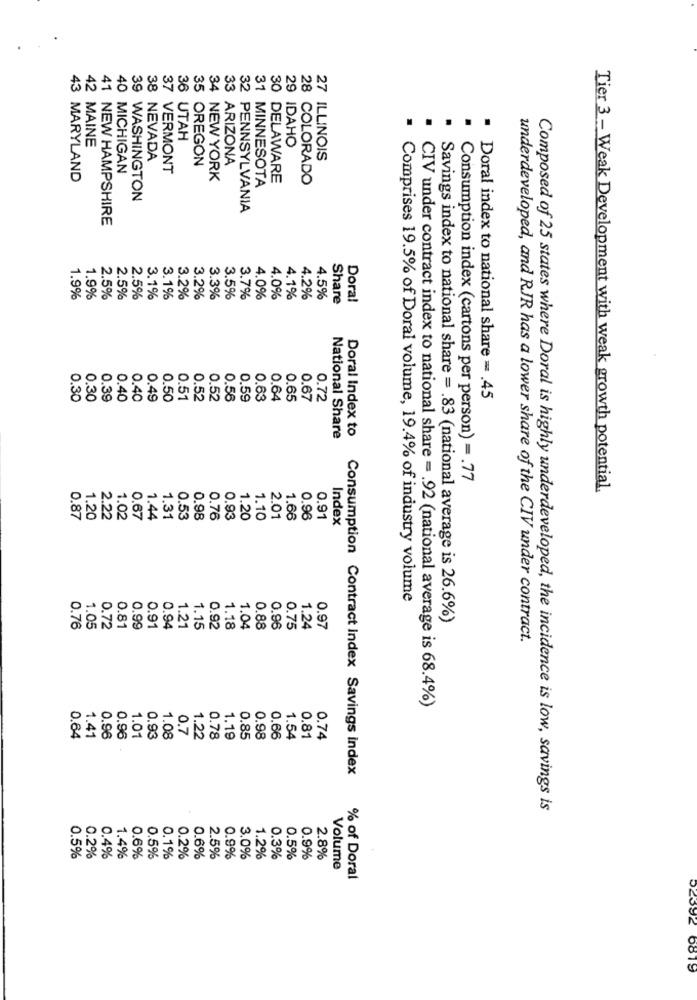
43
36 UTAH
29 IDAHO
42 MAINE
38 NEVADA
35 OREGON
27 ILLINOIS
40 MICHIGAN
37 VERMONT
33 ARIZONA
MARYLAND
34 NEW YORK
31 MINNESOTA
30 DELAWARE
28 COLORADO
39 WASHINGTON
32 PENNSYLVANIA
41 NEW HAMPSHIRE
1.9%
1.9%
2.5%
2.5%
2.5%
3.1%
3.1%
3.2%
3.2%
3.3%
3.5%
3.7%
4.0%
4.0%
4.1%
4.2%
4.5%
Share
Dora!
0.30
0.30
0.39
0.40
0.40
0.49
0.50
0.51
0.52
0.52
0.56
0.59
0.63
0.64
0.65
0.67
0.72
Doral index to national share = . 45
Doral Index to
National Share
Consumption index (cartons per person) =. 77
Tier 3 - Weak Development with weak growth potential.
2.01
0.87
1.20
2.22
1.02
0.67
1.44
1.31
0.53
0.98
0.76
0.93
1.20
1.10
1.66
0.96
0.91
Index
Comprises 19.5% of Doral volume, 19.4% of industry volume
Savings index to national share = . 83 (national average is 26.6%)
0.76
1.05
0.72
0.81
0.99
0.91
0.94
1.21
1.15
0.92
1.18
1.04
0.88
0.96
0.75
1.24
0.97
underdeveloped, and RJR has a lower share of the CIV under contract.
CIV under contract index to national share = . 92 (national average is 68.4%)
0.64
1.41
0.96
0.96
1.01
0.93
1.08
0.7
1.22
0.78
1.19
0.85
0.98
0.66
1.54
0,81
0.74
Consumption Contract Index Savings Index
Composed of 25 states where Doral is highly underdeveloped, the incidence is low, savings is
0.4%
0.5%
0.2%
1.4%
0.6%
0.5%
0.1%
0.2%
0.6%
2.5%
0.9%
3.0%
1.2%
0.3%
0.5%
0.9%
2.8%
Volume
% of Doral
02392 6819